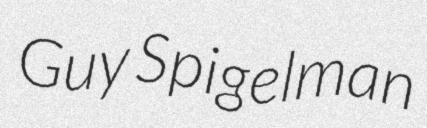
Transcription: Guy Spigelman